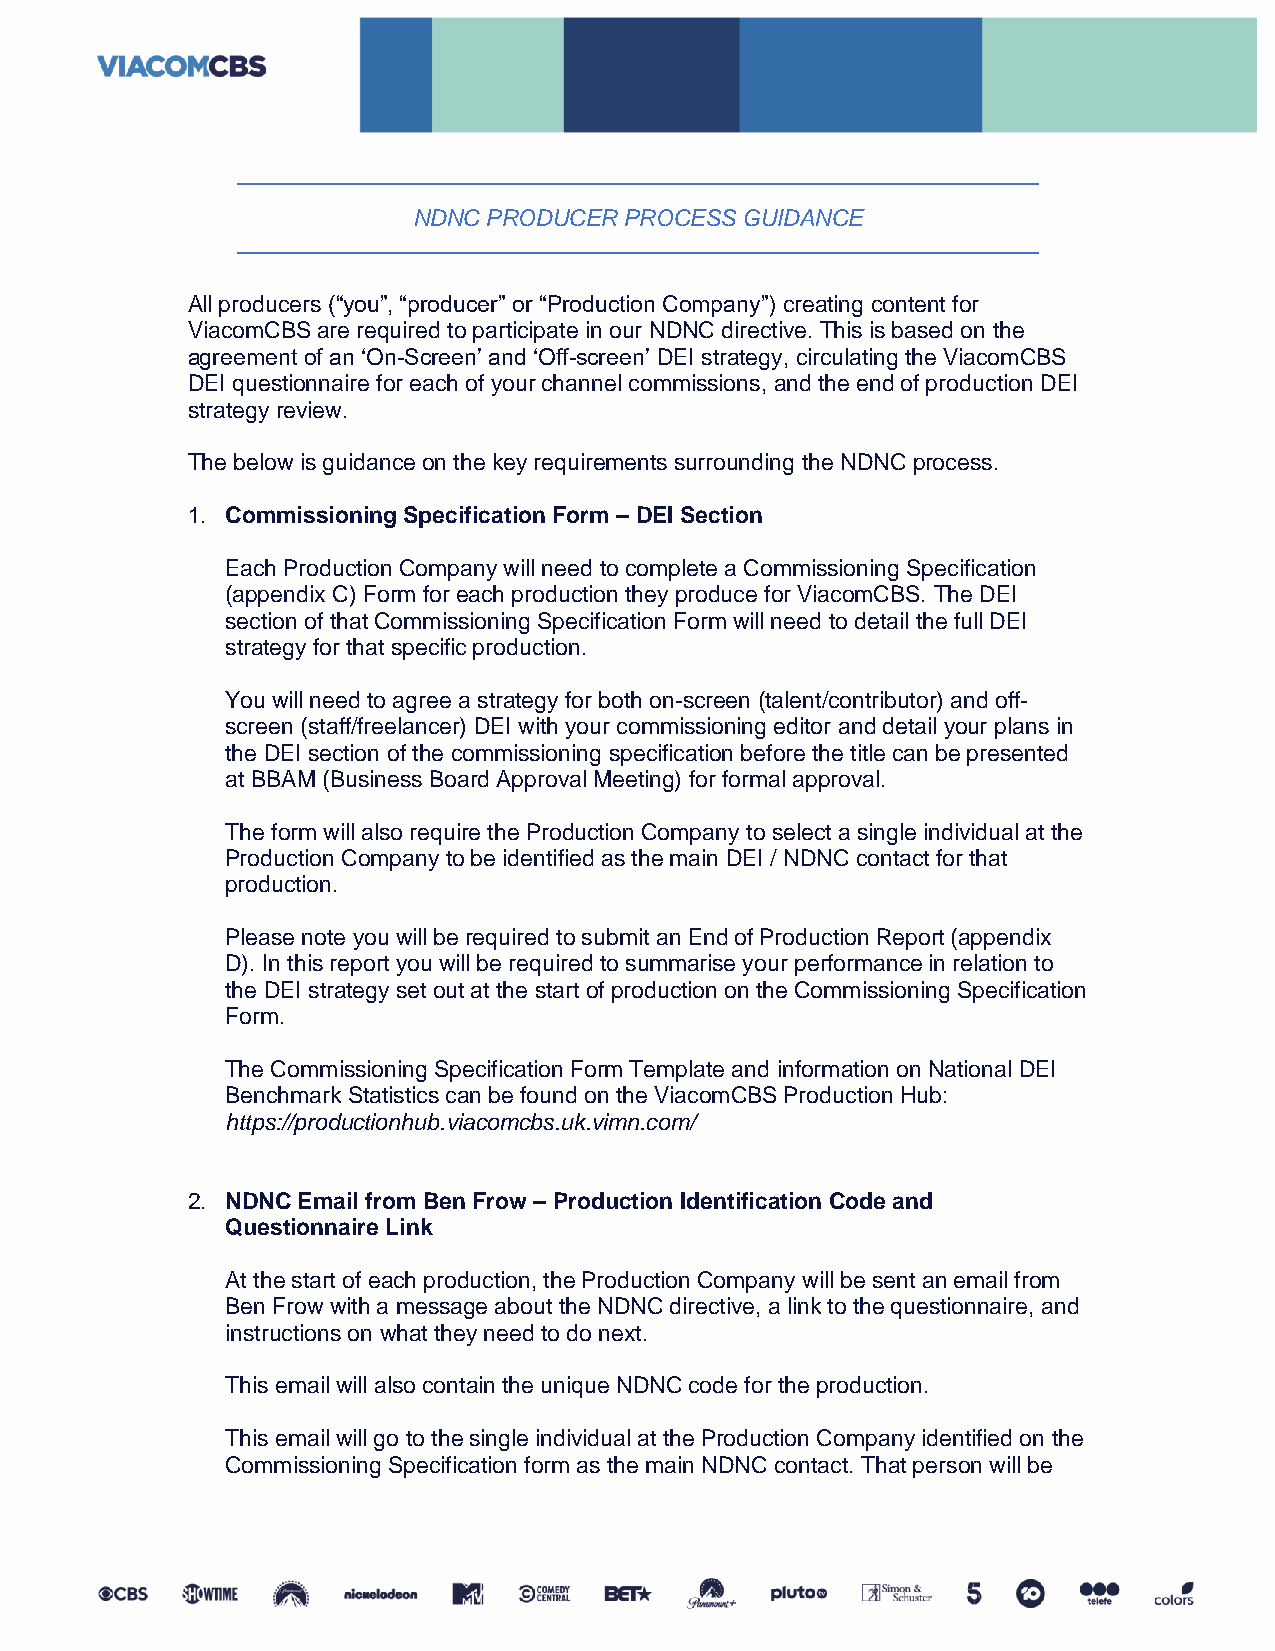
NDNC PRODUCER PROCESS GUIDANCE
 All producers (“you”, “producer” or “Production Company”) creating content for
 ViacomCBS are required to participate in our NDNC directive. This is based on the
 agreement of an ‘On-Screen’ and ‘Off-screen’ DEI strategy, circulating the ViacomCBS
 DEI questionnaire for each of your channel commissions, and the end of production DEI
 strategy review.
 The below is guidance on the key requirements surrounding the NDNC process.
 1. Commissioning Specification Form – DEI Section
 Each Production Company will need to complete a Commissioning Specification
 (appendix C) Form for each production they produce for ViacomCBS. The DEI
 section of that Commissioning Specification Form will need to detail the full DEI
 strategy for that specific production.
 You will need to agree a strategy for both on-screen (talent/contributor) and off-
 screen (staff/freelancer) DEI with your commissioning editor and detail your plans in
 the DEI section of the commissioning specification before the title can be presented
 at BBAM (Business Board Approval Meeting) for formal approval.
 The form will also require the Production Company to select a single individual at the
 Production Company to be identified as the main DEI / NDNC contact for that
 production.
 Please note you will be required to submit an End of Production Report (appendix
 D). In this report you will be required to summarise your performance in relation to
 the DEI strategy set out at the start of production on the Commissioning Specification
 Form.
 The Commissioning Specification Form Template and information on National DEI
 Benchmark Statistics can be found on the ViacomCBS Production Hub:
 https://productionhub.viacomcbs.uk.vimn.com/
 2. NDNC Email from Ben Frow – Production Identification Code and
 Questionnaire Link
 At the start of each production, the Production Company will be sent an email from
 Ben Frow with a message about the NDNC directive, a link to the questionnaire, and
 instructions on what they need to do next.
 This email will also contain the unique NDNC code for the production.
 This email will go to the single individual at the Production Company identified on the
 Commissioning Specification form as the main NDNC contact. That person will be